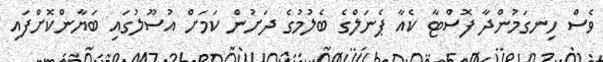
ވެސް ހިނގަމުންދާ ފޮސްޓާ ކެއާ ޕެނަލްގެ ބެލުމުގެ ދަށުން ކަމަށް އުސޫލުގައި ބަޔާންކޮށްފައި